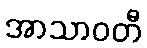
အာသာဝတီ